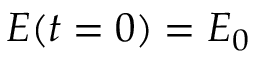
E ( t = 0 ) = E _ { 0 }